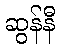
ဆွန်နီ